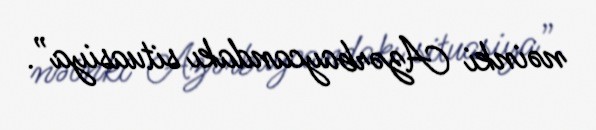
nəinki Azərbaycandakı situasiya”.